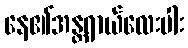
နေ၏အန္တရာယ်လေးပါး